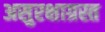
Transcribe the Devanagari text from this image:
असुरक्षाग्रस्त